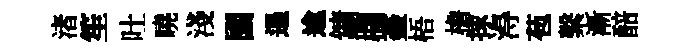
渚笙吐曉淺園遏逾鏞欄蓋梧檐捄淂苞繫漸醅